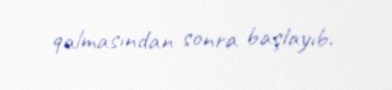
qalmasından sonra başlayıb.